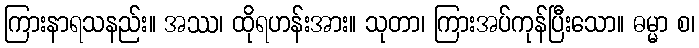
ကြားနာရသနည်း။ အဿ၊ ထိုရဟန်းအား။ သုတာ၊ ကြားအပ်ကုန်ပြီးသော။ ဓမ္မာ စ၊